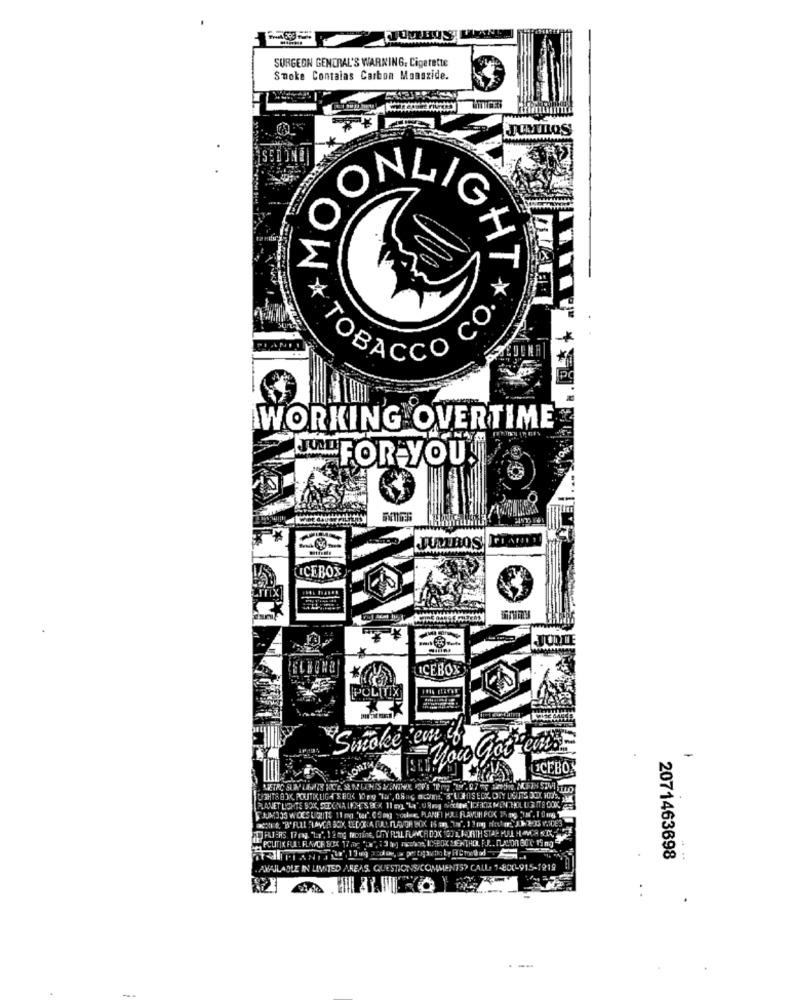
SURGEON GENERAL'S WARNING. Cigarette
Smoke Contains Carbon Manszide.
MO
NLIG
O.
BACC
WORKING OVERTIME
JEFOR YOU'
LITROS
ICEBOX
JULIE
ICEBOX
POLITIX
Swcoke ein
-
UCEBON
2.97 -c
SJUJM335 WOES UNITE 11 mg 'ter". 0 5 ong youme ,, PLANFI PALL FLAMUN POX 1
AKTIR "B"FULL "LAVCA BOX, DEDOG A FULL FLAVOR BOK 15 an 7", 13mg nestor,"J.1 2:35 17023
2071463698
- -
AVAILABLE IN LIMITED AREAS. QUESTIONS/COMMENTS? CALL- 1-800-915-1919